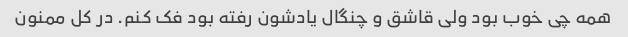
همه چی خوب بود ولی قاشق و چنگال یادشون رفته بود فک کنم. در کل ممنون